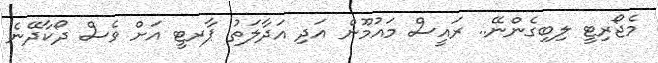
މެޖޯރިޓީ ލިބިގެންނޭ.. ރައީސް މައުމޫން އަދި އަދާލަތު ޕާރޓީ އަށް ވެސް ދޯކާދޭނެ